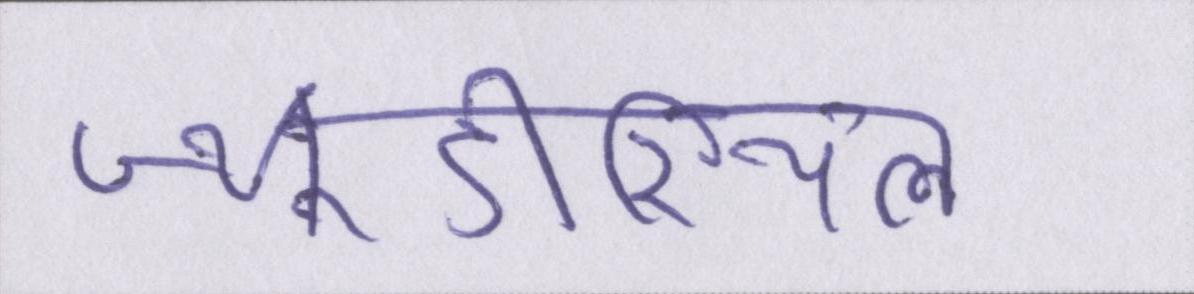
ज्यूडीशियल